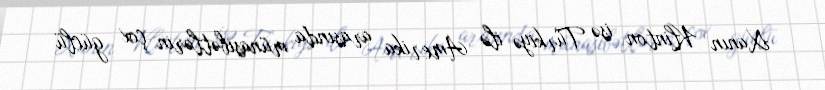
Xanın Klinton isə Türkiyə ilə Amerika arasında münasibətlərin çox güclü